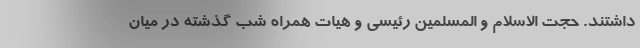
داشتند. حجت الاسلام و المسلمین رئیسی و هیات همراه شب گذشته در میان